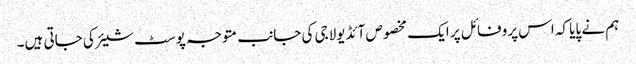
ہم نے پایا کہ اس پروفائل پر ایک مخصوص آئڈیولاجی کی جانب متوجہ پوسٹ شیئر کی جاتی ہیں۔